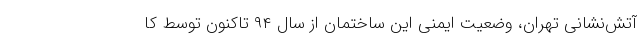
آتش‌نشانی تهران، وضعیت ایمنی این ساختمان از سال ٩۴ تاکنون توسط کا